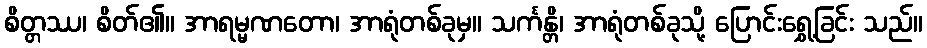
စိတ္တဿ၊ စိတ်၏။ အာရမ္မဏတော၊ အာရုံတစ်ခုမှ။ သင်္ကန္တိ၊ အာရုံတစ်ခုသို့ ပြောင်းရွှေ့ခြင်း သည်။